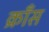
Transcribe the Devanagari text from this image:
क्राँस